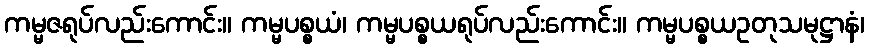
ကမ္မဇရုပ်လည်းကောင်း။ ကမ္မပစ္စယံ၊ ကမ္မပစ္စယရုပ်လည်းကောင်း။ ကမ္မပစ္စယဥတုသမုဋ္ဌာနံ၊